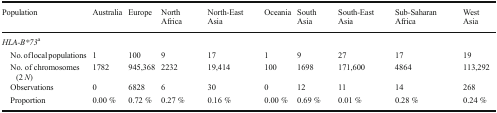
| Population | Australia | Europe | North Africa | North-East Asia | Oceania | South Asia | South-East Asia | Sub-Saharan Africa | West Asia |
 | --- | --- | --- | --- | --- | --- | --- | --- | --- | --- |
 | <COLSPAN=10> HLA-B*73a |
 | No. of local populations | 1 | 100 | 9 | 17 | 1 | 9 | 27 | 17 | 19 |
 | No. of chromosomes (2 N) | 1782 | 945,368 | 2232 | 19,414 | 100 | 1698 | 171,600 | 4864 | 113,292 |
 | Observations | 0 | 6828 | 6 | 30 | 0 | 12 | 11 | 14 | 268 |
 | Proportion | 0.00 % | 0.72 % | 0.27 % | 0.16 % | 0.00 % | 0.69 % | 0.01 % | 0.28 % | 0.24 % |